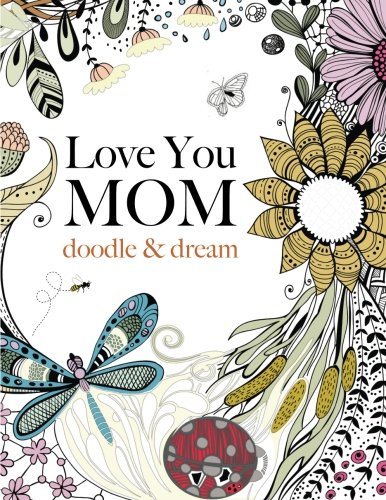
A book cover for Love You MOM: doodle & dream: A beautiful and inspiring adult coloring book for Moms everywhere; Christina Rose; Humor & Entertainment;